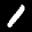
Label: 1